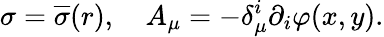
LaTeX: \sigma=\overline{{{\sigma}}}(r),\quad A_{\mu}=-\delta_{\mu}^{i}\partial_{i}\varphi(x,y).